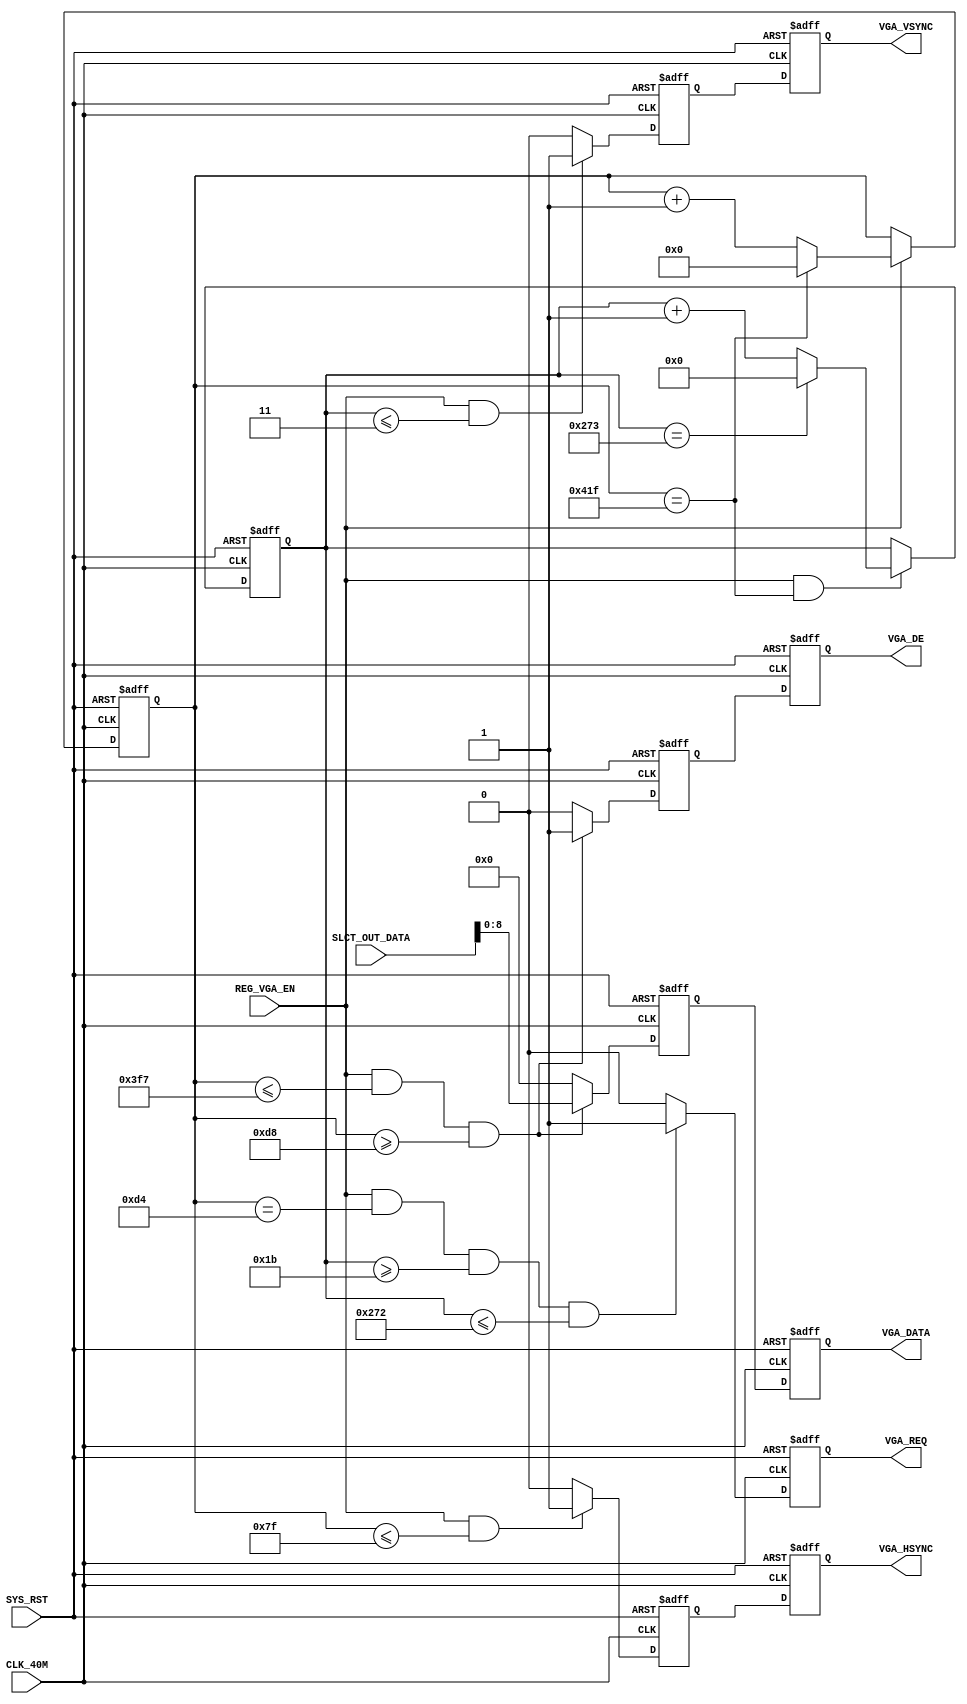
`timescale 1ns / 1ps

module VGA_CTRL (
    // system signals
    input   wire                        CLK_40M                                 , // (i) clock 40MHz
    input   wire                        SYS_RST                                 , // (i) system reset (high-active)

    input   wire                        REG_VGA_EN                              , // (i)
    input   wire[15:0]                  SLCT_OUT_DATA                           , // (i)

    output  wire[8:0]                   VGA_DATA                                , // (o)
    output  wire                        VGA_DE                                  ,
    output  wire                        VGA_HSYNC                               ,
    output  wire                        VGA_VSYNC                               ,
    output  wire                        VGA_REQ                                   // (o)
    );

    parameter                           P_HSYNC                 = 8'd128        ;
    parameter                           P_HBACK                 = 7'd88         ;
    parameter                           P_HDATA                 = 10'd800       ;
    parameter                           P_HFRONT                = 6'd40         ;
                                             
    parameter                           P_VSYNC                 = 3'd4          ;
    parameter                           P_VBACK                 = 5'd23         ;
    parameter                           P_VDATA                 = 10'd600       ;
    parameter                           P_VFRONT                = 1'd1          ;

    reg         [10:0]                  r_hcnt                                  ;
    reg         [9:0]                   r_vcnt                                  ;

    reg                                 r_hsync                                 ;
    reg                                 r_vsync                                 ;

    reg                                 r_vga_de                                ;
    reg         [8:0]                   r_data                                  ;

    reg                                 r_req                                   ;

    reg         [8:0]                   r_data_ff                               ;
    reg                                 r_vga_de_ff                             ;
    reg                                 r_hsync_ff                              ;
    reg                                 r_vsync_ff                              ;


    // HSYNC counter
    always @(posedge CLK_40M or posedge SYS_RST) begin
        if (SYS_RST) begin
            // reset
            r_hcnt <= 11'd0;
        end else begin
            if (REG_VGA_EN) begin
                if (r_hcnt == P_HSYNC + P_HBACK + P_HDATA + P_HFRONT - 1) begin
                    r_hcnt <= 11'd0;
                end else begin
                    r_hcnt <= r_hcnt + 11'd1;
                end
            end
        end
    end

    // VSYNC counter
    always @(posedge CLK_40M or posedge SYS_RST) begin
        if (SYS_RST) begin
            // reset
            r_vcnt <= 10'd0;
        end else begin
            if (REG_VGA_EN && r_hcnt == P_HSYNC + P_HBACK + P_HDATA + P_HFRONT - 1) begin
                if (r_vcnt == P_VSYNC + P_VBACK + P_VDATA + P_VFRONT - 1) begin
                    r_vcnt <= 10'd0;
                end else begin
                    r_vcnt <= r_vcnt + 10'd1;
                end
            end
        end
    end

    // HSYNC
    always @(posedge CLK_40M or posedge SYS_RST) begin
        if (SYS_RST) begin
            // reset
            r_hsync <= 1'b0;
        end else begin
            if (REG_VGA_EN && r_hcnt <= P_HSYNC - 1) begin
                r_hsync <= 1'b1;
            end else begin
                r_hsync <= 1'b0;
            end
        end
    end

    // VSYNC
    always @(posedge CLK_40M or posedge SYS_RST) begin
        if (SYS_RST) begin
            // reset
            r_vsync <= 1'b0;
        end else begin
            if (REG_VGA_EN && r_vcnt <= P_VSYNC - 1) begin
                r_vsync <= 1'b1;
            end else begin
                r_vsync <= 1'b0;
            end
        end
    end

    // VGA data enable
    always @(posedge CLK_40M or posedge SYS_RST) begin
        if (SYS_RST) begin
            // reset
            r_vga_de <= 1'b0;
        end else begin
            if (REG_VGA_EN && r_hcnt <= P_HSYNC + P_HBACK + P_HDATA - 1 && r_hcnt >= P_HSYNC + P_HBACK) begin
                r_vga_de <= 1'b1;
            end else begin
                r_vga_de <= 1'b0;
            end
        end
    end

    // VGA data
    always @(posedge CLK_40M or posedge SYS_RST) begin
        if (SYS_RST) begin
            // reset
            r_data <= 9'b0;
        end else begin
            if (REG_VGA_EN && r_hcnt <= P_HSYNC + P_HBACK + P_HDATA - 1 && r_hcnt >= P_HSYNC + P_HBACK) begin
                r_data <= SLCT_OUT_DATA[8:0];
            end else begin
                r_data <= 9'b0;
            end
        end
    end

    // VGA data request
    always @(posedge CLK_40M or posedge SYS_RST) begin
        if (SYS_RST) begin
            // reset
            r_req <= 1'b0;
        end else begin
            if (REG_VGA_EN &&
                r_hcnt == P_HSYNC + P_HBACK - 4 &&
                r_vcnt >= P_VSYNC + P_VBACK &&
                r_vcnt <= P_VSYNC + P_VBACK + P_VDATA - 1) begin
                r_req <= 1'b1;
            end else begin
                r_req <= 1'b0;
            end
        end
    end

    always @(posedge CLK_40M or posedge SYS_RST) begin
        if (SYS_RST) begin
            // reset
            r_data_ff      <= 9'b0;
            r_vga_de_ff    <= 1'b0;
            r_hsync_ff     <= 1'b0;
            r_vsync_ff     <= 1'b0;
        end else begin
            r_data_ff      <= r_data;
            r_vga_de_ff    <= r_vga_de;
            r_hsync_ff     <= r_hsync;
            r_vsync_ff     <= r_vsync;
        end
    end

    assign VGA_DATA  =   r_data_ff  ;
    assign VGA_DE    =   r_vga_de_ff;
    assign VGA_HSYNC =   r_hsync_ff ;
    assign VGA_VSYNC =   r_vsync_ff ;
    assign VGA_REQ   =   r_req;

endmodule